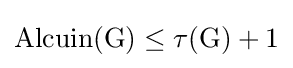
{\rm {{Alcuin}(G)\leq \tau (G)+1}}